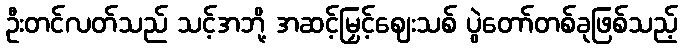
ဦးတင်လတ်သည် သင့်အဘို့ အဆင့်မြှင့်ဈေးသစ် ပွဲတော်တစ်ခုဖြစ်သည့်